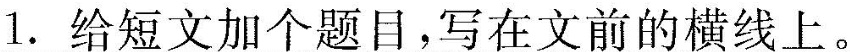
1. 给短文加个题目，写在文前的横线上。